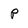
Character: p